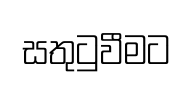
සතුටුවීමට